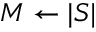
M \gets | S |